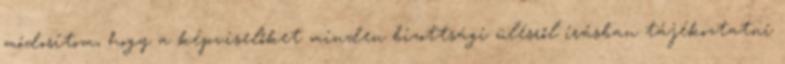
módosítom, hogy a képviselőket minden bizottsági ülésről írásban tájékoztatni